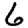
Digit: 6